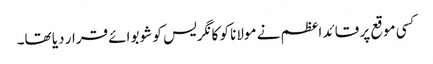
کسی موقع پر قائد اعظم نے مولانا کو کانگریس کو شو بوائے قرار دیا تھا۔